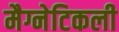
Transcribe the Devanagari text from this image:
मैग्नेटिकली